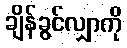
ချိန်ခွင်လျှာကို